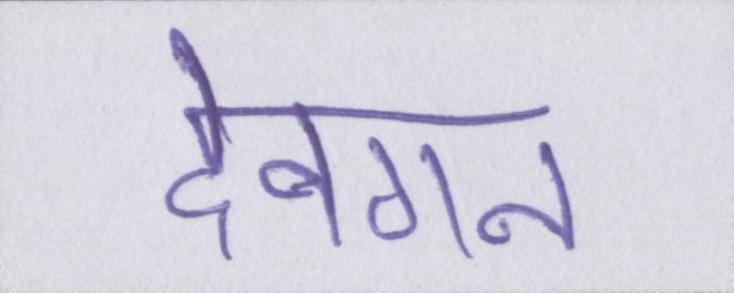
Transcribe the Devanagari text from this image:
देवगन